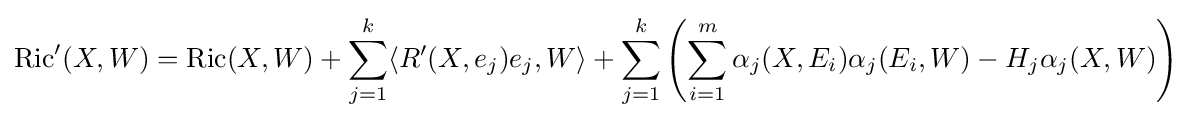
\operatorname {Ric} '(X,W)=\operatorname {Ric} (X,W)+\sum _{j=1}^{k}\langle R'(X,e_{j})e_{j},W\rangle +\sum _{j=1}^{k}\left(\sum _{i=1}^{m}\alpha _{j}(X,E_{i})\alpha _{j}(E_{i},W)-H_{j}\alpha _{j}(X,W)\right)